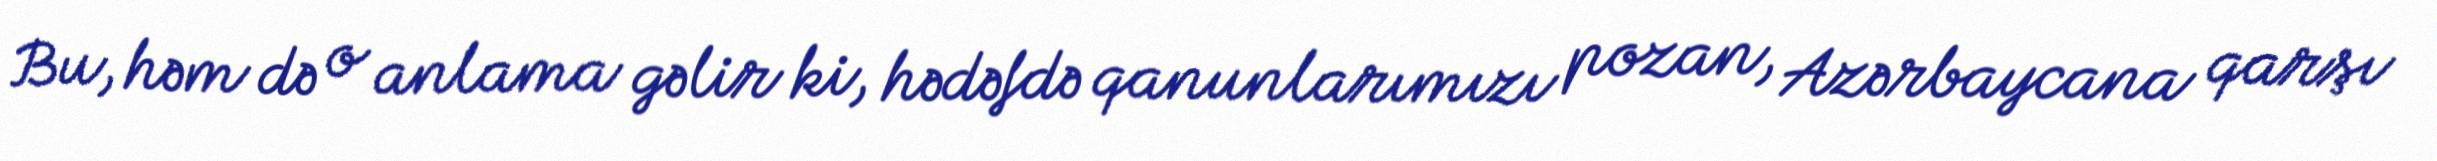
Bu, həm də o anlama gəlir ki, hədəfdə qanunlarımızı pozan, Azərbaycana qarşı